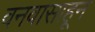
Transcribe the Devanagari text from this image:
वनवासाहून